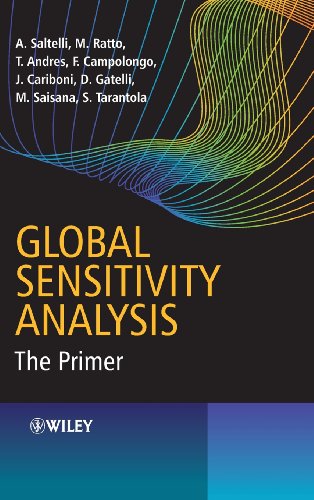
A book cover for Global Sensitivity Analysis: The Primer; A. Saltelli; Science & Math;